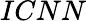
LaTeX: ICNN